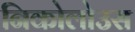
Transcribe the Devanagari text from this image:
निकोलोउस